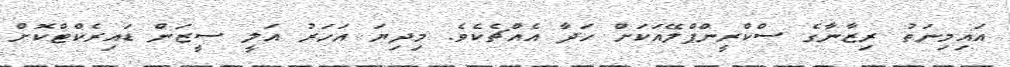
އައިމިނަތު ރިޒާނާގެ ސްކްރީންޕްލޭއަކަށް ހަދާ އެއްޗެކެވެ. މިދިޔަ އަހަރު އަލީ ސީޒަން ޑައިރެކްޓްކޮށް